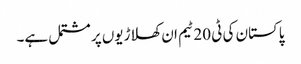
پاکستان کی ٹی 20 ٹیم ان کھلاڑیوں پر مشتمل ہے۔